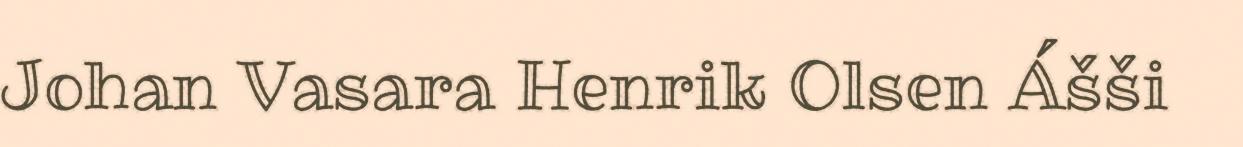
Johan Vasara Henrik Olsen Ášši